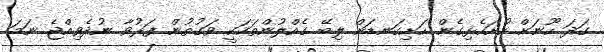
ގަދަ ހޫނަށް ހުށަހެޅިގެން ހަށިގަނޑަށް ލިބޭ ގެއްލުންތަކަކީ ވަގުތުން ފަރުވާ ނުދެވިއްޖެ ނަމަ